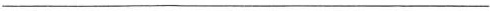
___